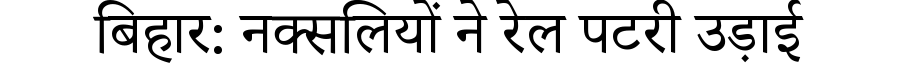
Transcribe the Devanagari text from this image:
बिहार: नक्सलियों ने रेल पटरी उड़ाई